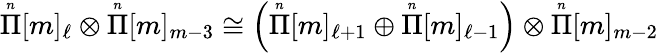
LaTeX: {\overset{\scriptscriptstyle n}{\Pi}}[m]_{\ell}\otimes{\overset{\scriptscriptstyle n}{\Pi}}[m]_{m-3}\cong\left({\overset{\scriptscriptstyle n}{\Pi}}[m]_{\ell+1}\oplus{\overset{\scriptscriptstyle n}{\Pi}}[m]_{\ell-1}\right)\otimes{\overset{\scriptscriptstyle n}{\Pi}}[m]_{m-2}